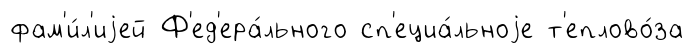
фам'и́л'иjей Ф'ед'ера́льного сп'ециа́льноjе т'еплово́за